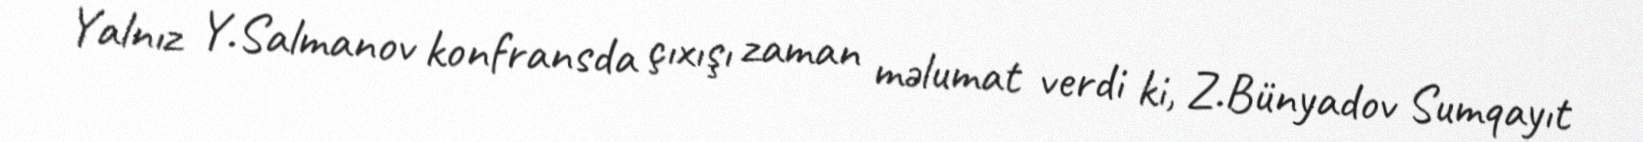
Yalnız Y.Salmanov konfransda çıxışı zaman məlumat verdi ki, Z.Bünyadov Sumqayıt